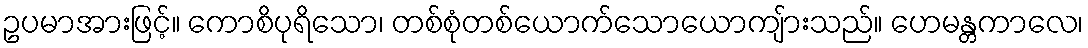
ဥပမာအားဖြင့်။ ကောစိပုရိသော၊ တစ်စုံတစ်ယောက်သောယောကျ်ားသည်။ ဟေမန္တကာလေ၊